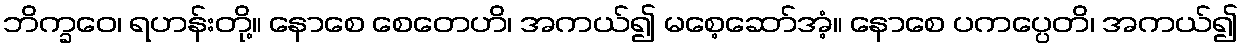
ဘိက္ခဝေ၊ ရဟန်းတို့။ နောစေ စေတေဟိ၊ အကယ်၍ မစေ့ဆော်အံ့။ နောစေ ပကပ္ပေတိ၊ အကယ်၍